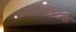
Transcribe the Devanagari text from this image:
ऑटोमिक्टिक